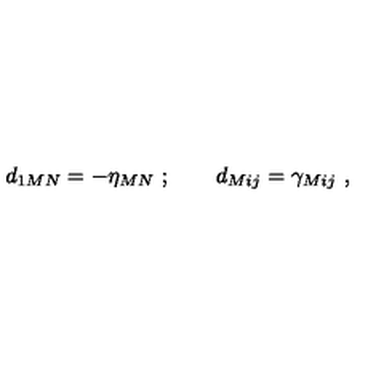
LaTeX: d _ { 1 M N } = - \eta _ { M N } \ ; \qquad d _ { M i j } = \gamma _ { M i j } \ ,